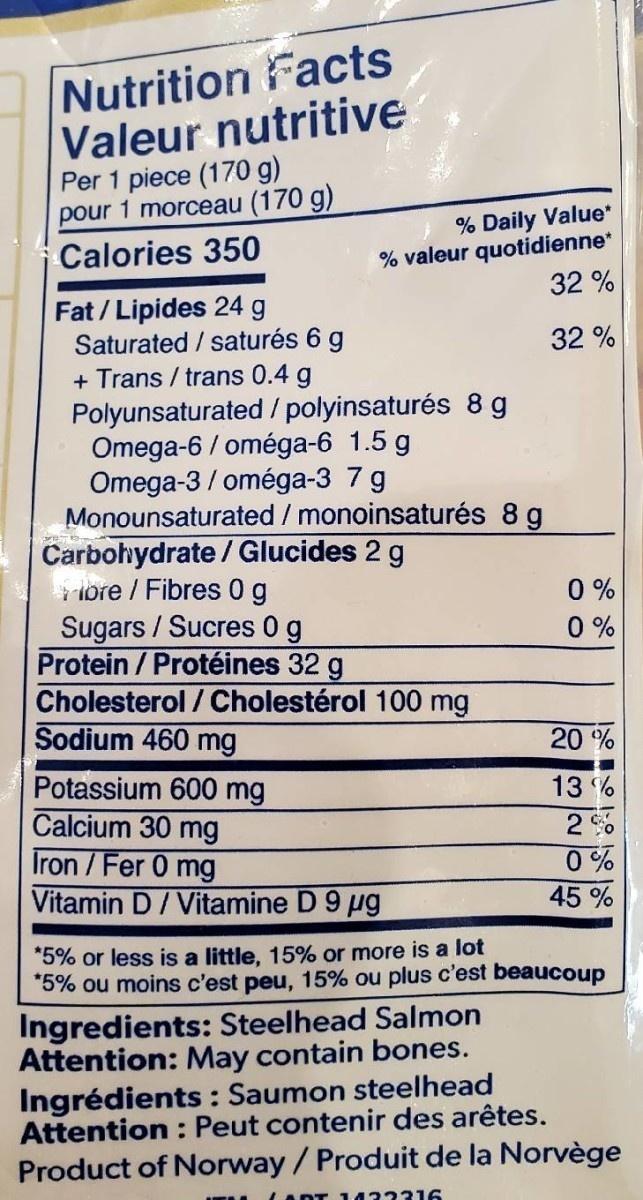
Nutrition Facts Valeur nutritive Per 1 piece (170 g) pour 1 morceau (170 g)
% Daily Value* % valeur quotidienne* 32 %
Calories 350
Fat / Lipides 24 g Saturated / saturés 6 g + Trans / trans 0.4 g Polyunsaturated / polyinsaturés 8 g Omega-6 / oméga-6 1.5 g Omega-3 / oméga-3 7 g Monounsaturated / monoinsaturés 8 g Carbohydrate / Glucides 2 g lore / Fibres 0g Sugars / Sucres 0 g Protein / Protéines 32 g Cholesterol / Cholestérol 100 mg Sodium 460 mg
32 %
0 % 0 %
20 %
Potassium 600 mg Calcium 30 mg Iron / Fer 0 mg Vitamin D/ Vitamine D 9 µg
13 %
2%
0% 45 %
*5% or less is a little, 15% or more is a lot *5% ou moins c'est peu, 15% ou plus c'est beaucoup
Ingredients: Steelhead Salmon Attention: May contain bones. Ingrédients : Saumon steelhead Attention : Peut contenir des arêtes.
Product of Norway/ Produit de la Norvège
1433316